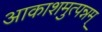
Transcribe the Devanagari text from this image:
आकाशमुत्पन्नम्‌